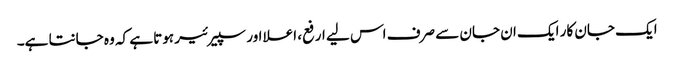
ایک جان کار ایک ان جان سے صرف اس لیے ارفع، اعلا اور سپیرئیر ہوتا ہے کہ وہ جانتا ہے۔